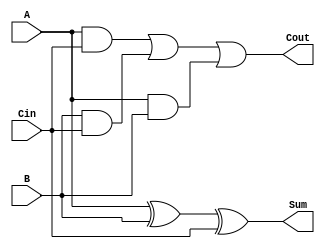
module FA_Mix (A, B, Cin, Sum, Cout); 
input A,B, Cin;
output Sum, Cout;
reg Cout;
reg T1, T2, T3;
wire S1;
xor X1(S1, A, B); 
always @( A or B or Cin ) 
begin 
T1 = A & Cin;
T2 = B & Cin;
T3 = A & B;
Cout = (T1| T2) | T3;
end
assign Sum = S1 ^ Cin; 
endmodule